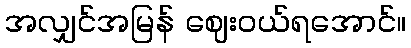
အလျှင်အမြန် ဈေးဝယ်ရအောင်။